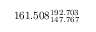
1 6 1 . 5 0 8 _ { 1 4 7 . 7 6 7 } ^ { 1 9 2 . 7 0 3 }